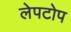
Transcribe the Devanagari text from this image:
लेपटोप